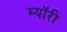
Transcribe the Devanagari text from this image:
म्यॉरी